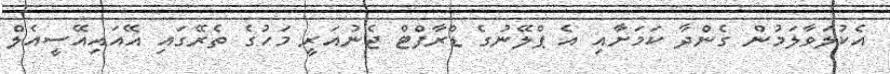
އެކުލަވާލަމުން ގެންދާ ކަމަށާއި އެ ޕްލޭނުގެ ޑްރާފްޓް ޖެނުއަރީ މަހުގެ ތެރޭގައި އޭއައިއޭސީއެލް